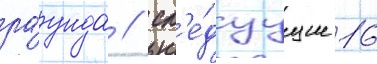
ра́унда / сл'е́дуущие 16